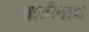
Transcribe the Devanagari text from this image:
शांतीनाथ